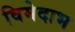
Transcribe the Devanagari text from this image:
विमेदाभ